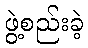
ဖွဲ့စည်းခဲ့